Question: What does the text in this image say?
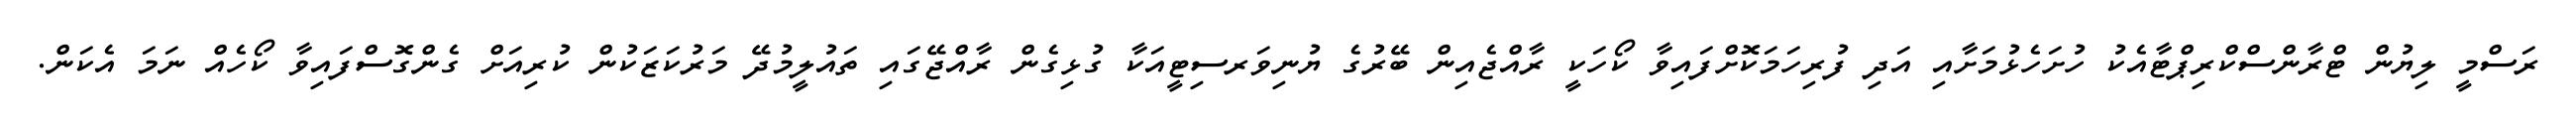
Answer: ރަސްމީ ލިޔުން ޓްރާންސްކްރިޕްޓާއެކު ހުށަހެޅުމަށާއި އަދި ފުރިހަމަކޮށްފައިވާ ކޯހަކީ ރާއްޖެއިން ބޭރުގެ ޔުނިވަރސިޓީއަކާ ގުޅިގެން ރާއްޖޭގައި ތައުލީމުދޭ މަރުކަޒަކުން ކުރިއަށް ގެންގޮސްފައިވާ ކޯހެއް ނަމަ އެކަން.